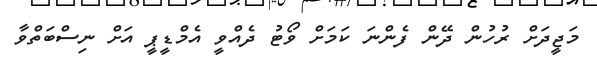
މަޖީދަށް ރުހުން ދޭން ފެންނަ ކަމަށް ވޯޓު ދެއްވީ އެމްޑީޕީ އަށް ނިސްބަތްވާ